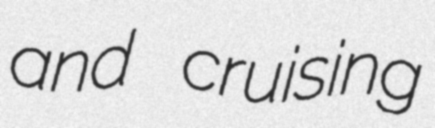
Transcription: and cruising